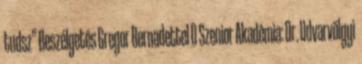
tudsz” Beszélgetés Gregor Bernadettel 0 Szenior Akadémia: Dr. Udvarvölgyi